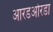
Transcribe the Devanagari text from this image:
आरडओरडा